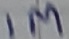
Text: 1M